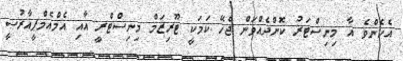
އެހެންވެ އާ މިނިސްޓަރު ކޮށްދެއްވަން ޖެހޭ ކަމަކީ ޓޫރިޒަމް މިނިސްޓްރީ އާއި އެމްއެމްޕީއާރުސީ